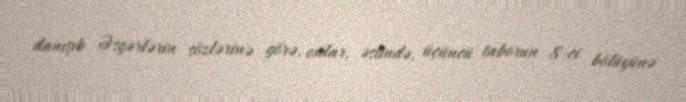
danışıb Əsgərlərin sözlərinə görə, onlar, əslində, üçüncü taborun 8-ci bölüyünə